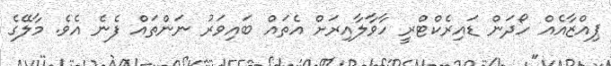
ޕިއްޒާއެއް ހޯދަން ޑައިރެކްޓްރީ ހާވާލާއިރަށް އެތައް ބައިވަރު ނަންތައް ފެނެ އެވެ. މާލޭގެ